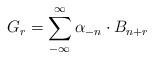
LaTeX: \begin{align*}G_r= \sum^{\infty}_{-\infty}\alpha_{-n}\cdot B_{n+r}\end{align*}